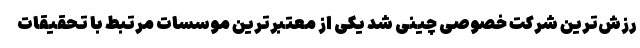
رزش‌ترین شرکت خصوصی چینی شد یکی از معتبرترین موسسات مرتبط با تحقیقات